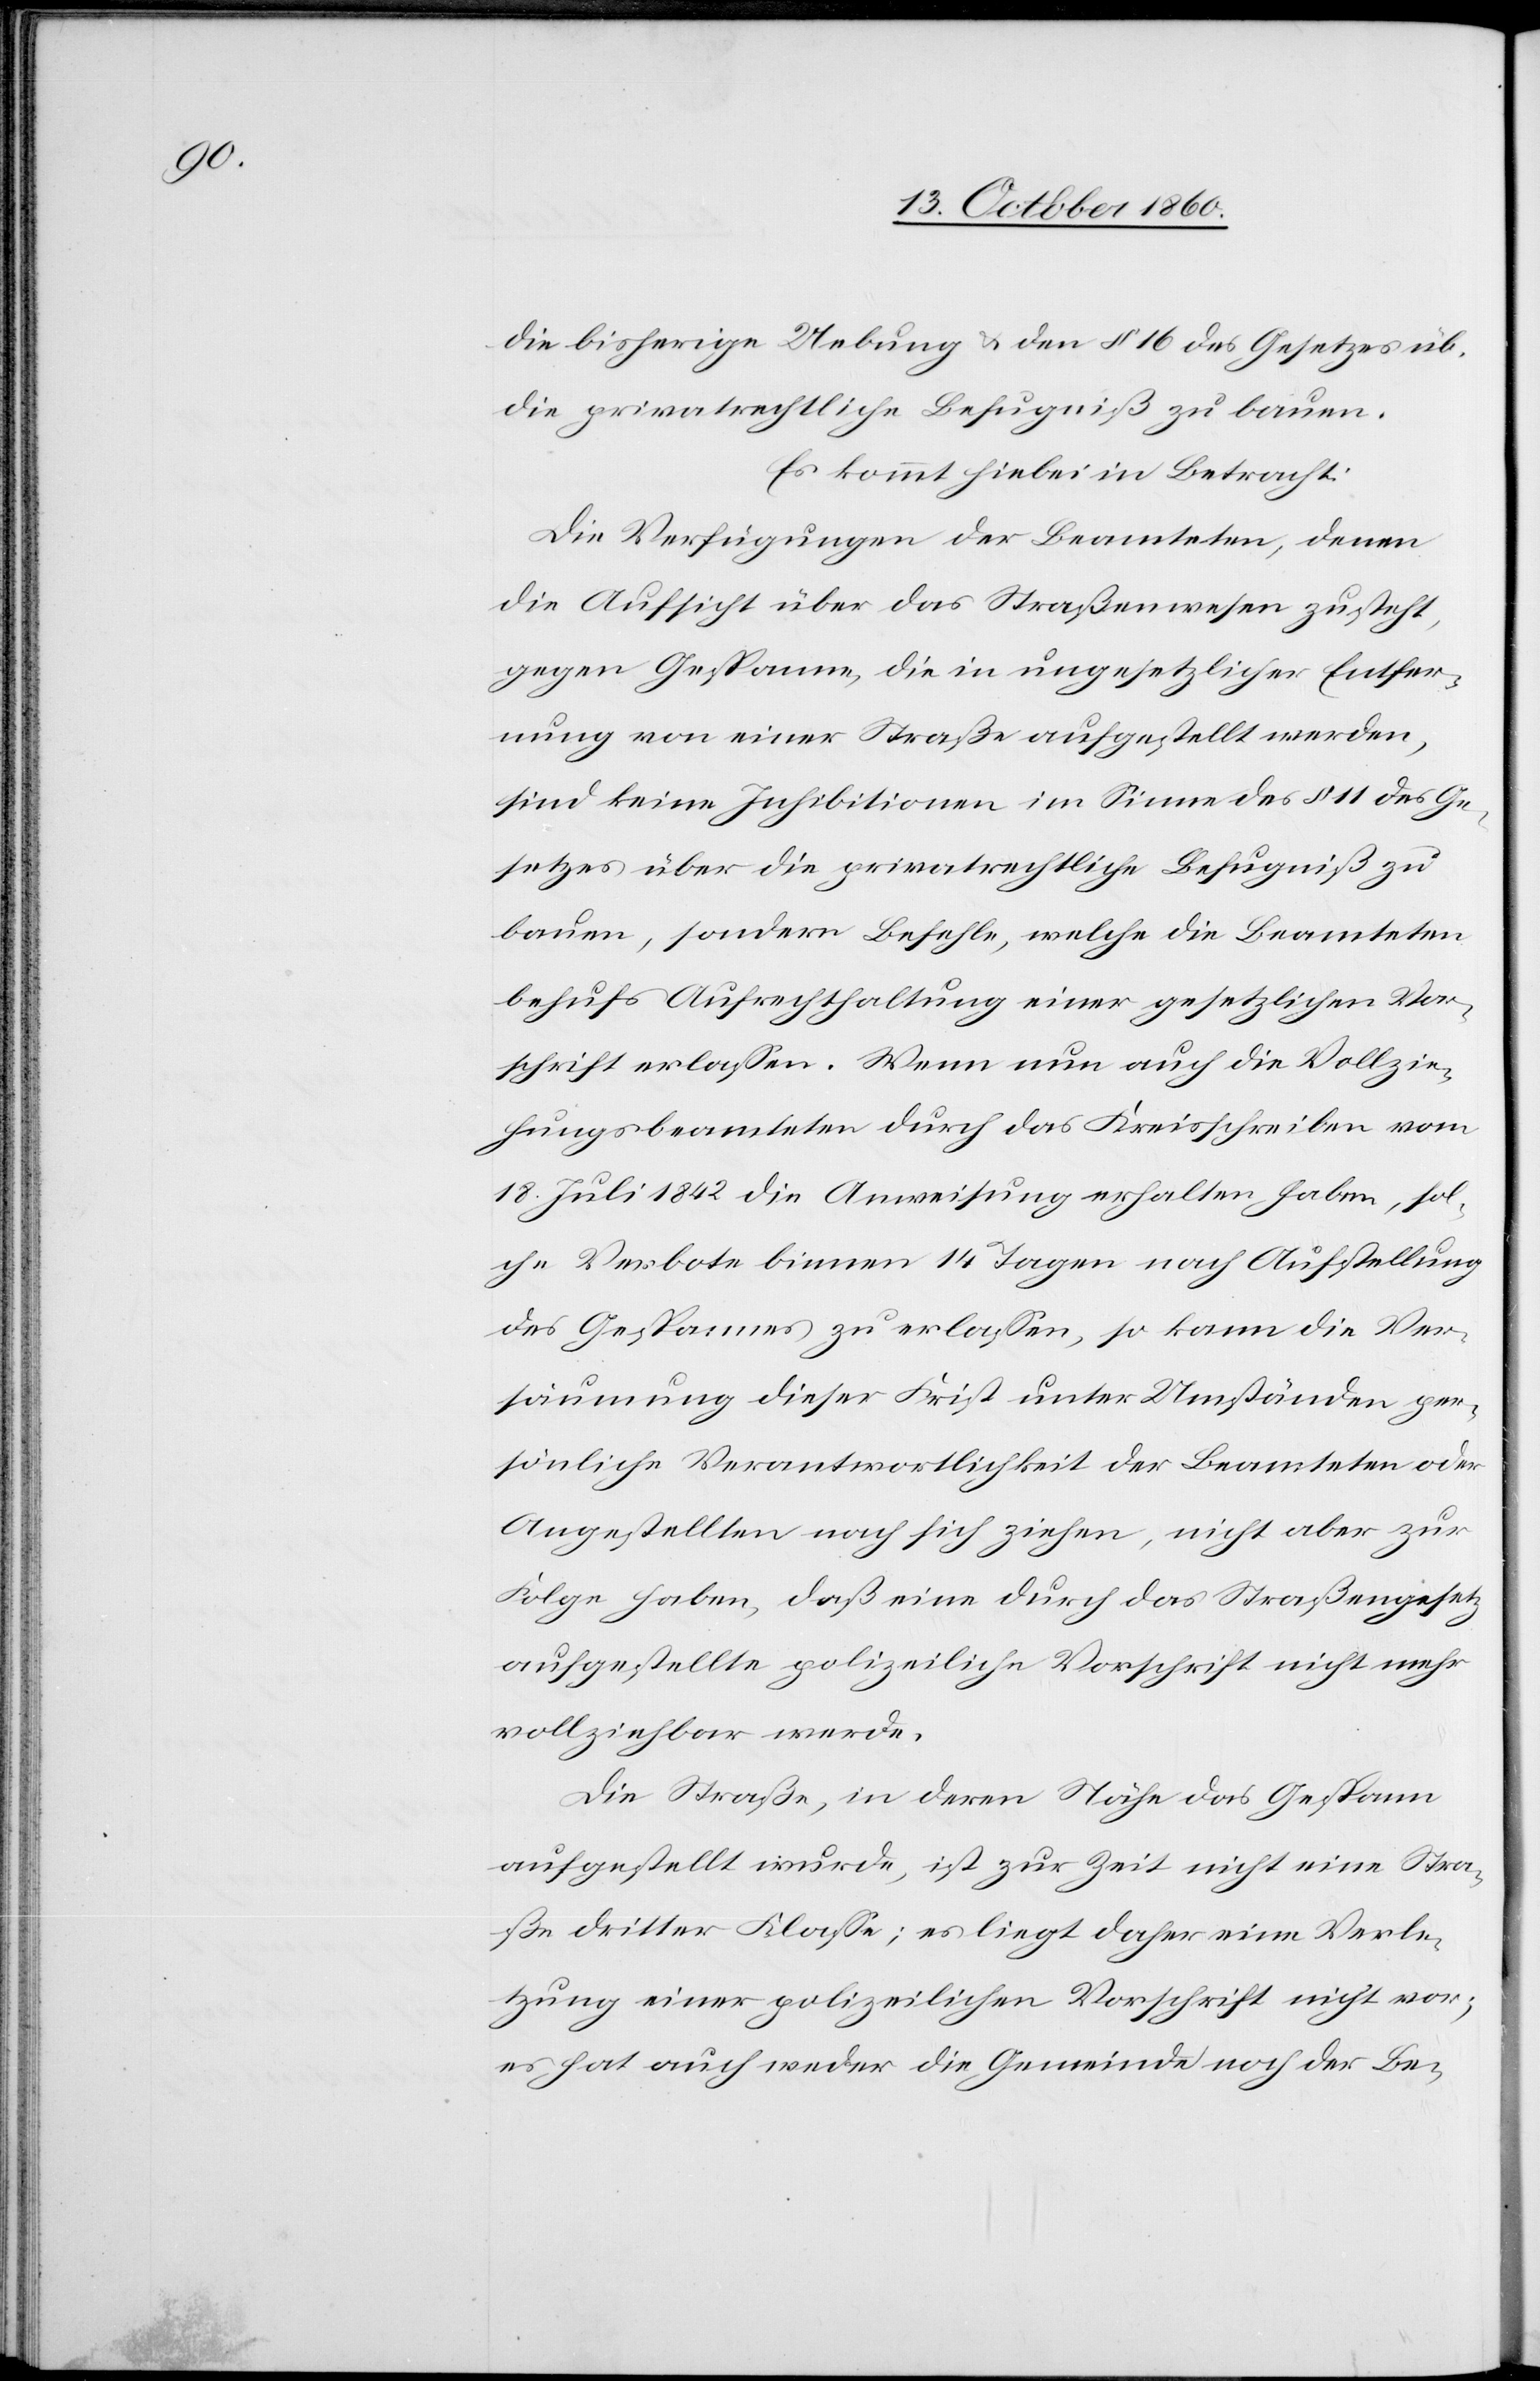
die bisherige Uebung u. den § 16 des Gesetzes üb.
die privatrechtliche Befugniß zu bauen.
Es kommt hiebei in Betracht:
Die Verfügungen der Beamteten, denen
die Aufsicht über das Straßenwesen zusteht,
gegen Gespanne, die in ungesetzlicher Entfer¬
nung von einer Straße aufgestellt werden,
sind keine Inhibitionen im Sinne des § 11 des Ge¬
setzes über die privatrechtliche Befugniß zu
bauen, sondern Befehle, welche die Beamteten
behufs Aufrechthaltung einer gesetzlichen Vor¬
schrift erlassen. Wenn nun auch die Vollzie¬
hungsbeamteten durch das Kreisschreiben vom
18. Juli 1842 die Anweisung erhalten habe, sol¬
che Verbote binnen 14. Tagen nach Aufteilung
des Gespannes zu erlassen, so kann die Ver¬
säumung dieser Frist unter Umständen per¬
sönliche Verantwortlichkeit der Beamteten oder
Angestellten nach sich ziehen, nicht aber zur
Folge haben, daß eine durch das Straßengesetz
aufgestellte polizeiliche Vorschrift nicht mehr
vollziehbar werde.
Die Straße, in deren Nähe das Gespann
aufgestellt wurde, ist zur Zeit nicht eine Stra¬
ße dritter Klasse; es liegt daher eine Verle¬
tzung einer polizeilichen Vorschrift nicht vor;
es hat auch von der Gemeinde noch der Be-